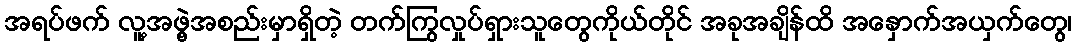
အရပ်ဖက် လူ့အဖွဲ့အစည်းမှာရှိတဲ့ တက်ကြွလှုပ်ရှားသူတွေကိုယ်တိုင် အခုအချိန်ထိ အနှောက်အယှက်တွေ၊